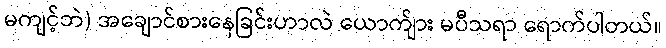
မကျင့်ဘဲ) အချောင်စားနေခြင်းဟာလဲ ယောက်ျား မပီသရာ ရောက်ပါတယ်။